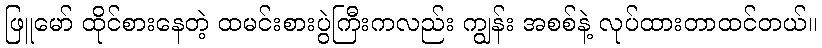
ဖြူမော် ထိုင်စားနေတဲ့ ထမင်းစားပွဲကြီးကလည်း ကျွန်း အစစ်နဲ့ လုပ်ထားတာထင်တယ်။